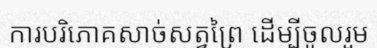
ការបរិភោគសាច់សត្វព្រៃ ដើម្បីចូលរួម